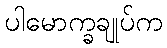
ပါမောက္ခချုပ်က